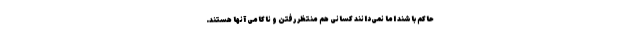
حاکم باشند اما نمی‌دانند کسانی هم منتظر رفتن و ناکامی آنها هستند.